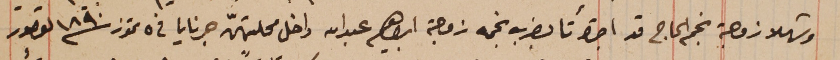
وشهلا زوجة نجم الحاج قد اجترأتا بضرب نجمه زوجة ابراهيم عبدالله داخل محلتهنّ جرنايا في ٥ تموز سنة ١٨٩٠ لقصور